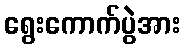
ရွေးကောက်ပွဲအား